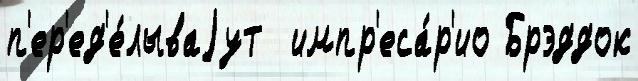
п'ер'ед'е́лываjут  импр'еса́р'ио Брэддок